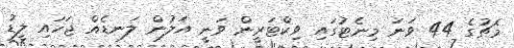
މެޗުގެ 44 ވަނަ މިނެޓުގައި ވިކްޓަރީން ވަނީ އަލުން ލަނޑެއް ޖަހައި ލީޑު